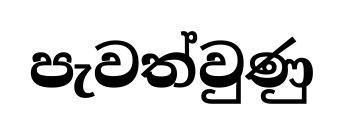
පැවත්වුණු